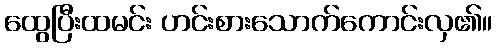
ထွေပြီးထမင်း ဟင်းစားသောက်ကောင်းလှ၏။